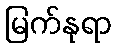
မြက်နုရာ